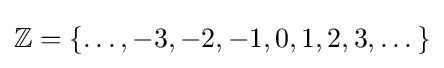
\mathbb {Z} =\{\dots ,-3,-2,-1,0,1,2,3,\dots \}